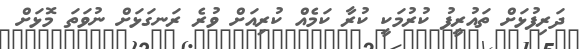
ދަރިފުޅަށް ތައުރީފު ކުރުމަކީ ކުރާ ކަމެއް ކުރިއަށް ވުރެ ރަނގަޅަށް ނުވަތަ މޮޅަށް